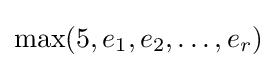
\max(5,e_{1},e_{2},\ldots ,e_{r})